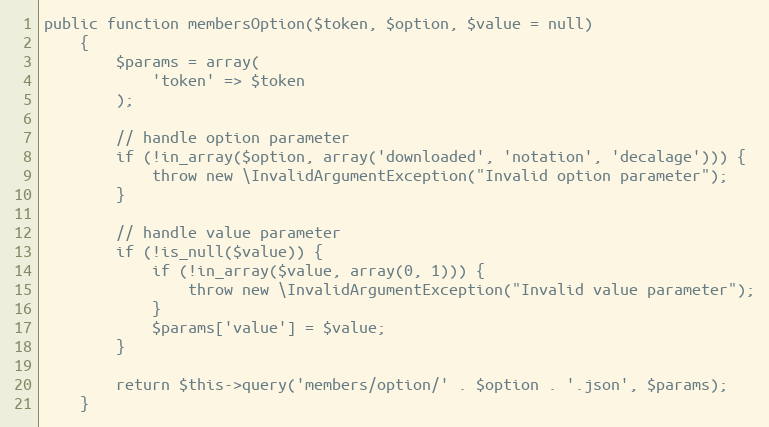
Language: PHP
public function membersOption($token, $option, $value = null)
    {
        $params = array(
            'token' => $token
        );

        // handle option parameter
        if (!in_array($option, array('downloaded', 'notation', 'decalage'))) {
            throw new \InvalidArgumentException("Invalid option parameter");
        }

        // handle value parameter
        if (!is_null($value)) {
            if (!in_array($value, array(0, 1))) {
                throw new \InvalidArgumentException("Invalid value parameter");
            }
            $params['value'] = $value;
        }

        return $this->query('members/option/' . $option . '.json', $params);
    }